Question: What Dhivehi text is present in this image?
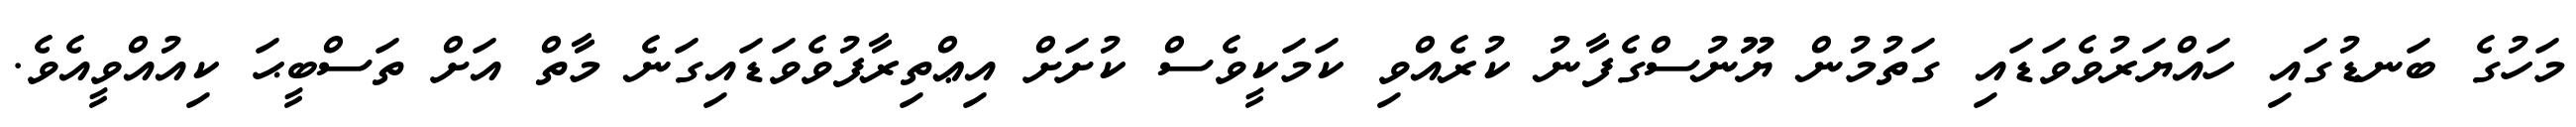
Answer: މަހުގެ ބަނޑުގައި ހައްޔަރުވެވަޑައި ގަތުމުން ޔޫނުސްގެފާނު ކުރެއްވި ކަމަކީވެސް ކުށަށް އިޢްތިރާފުވެވަޑައިގަނެ މާތް އަށް ތަސްބީޙަ ކިއުއްވީއެވެ.